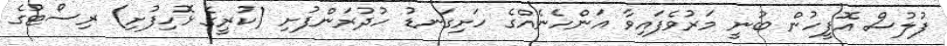
ފުލުސް އޮފީހުން ބުނީ މަރުވެފައިވާ އަންހެނެއްގެ ހަށިގަނޑު ހުދުރަންފުށި (ކުރީގެ ޅޮހިފުށި) ރިސޯޓުގެ